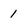
Character: I